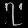
Digit: ၇